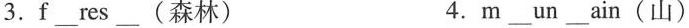
3.f_res_(森林) 4.m_un_ain(山)